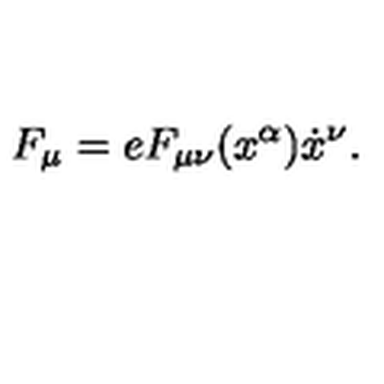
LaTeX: F _ { \mu } = e F _ { \mu \nu } ( x ^ { \alpha } ) \dot { x } ^ { \nu } .